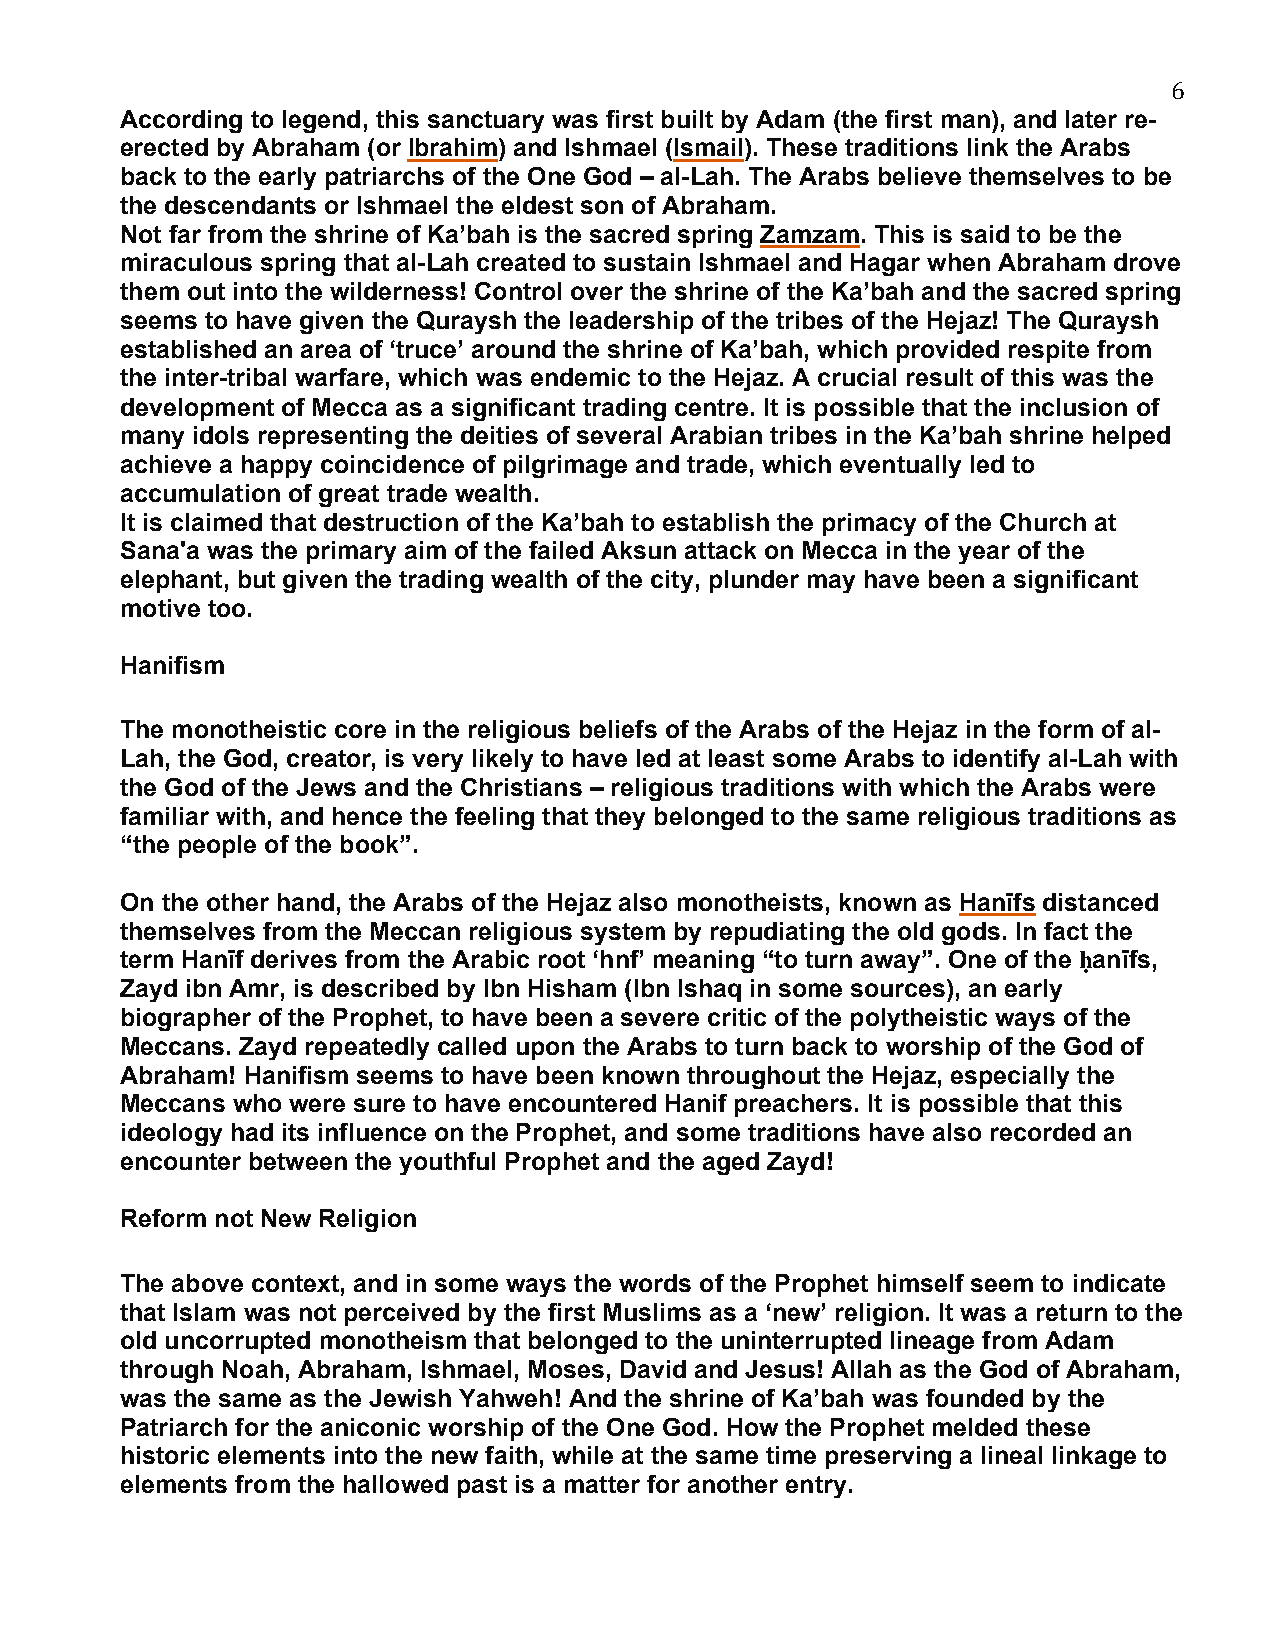
6
 According to legend, this sanctuary was first built by Adam (the first man), and later re-
 erected by Abraham (or Ibrahim) and Ishmael (Ismail). These traditions link the Arabs
 back to the early patriarchs of the One God – al-Lah. The Arabs believe themselves to be
 the descendants or Ishmael the eldest son of Abraham.
 Not far from the shrine of Ka’bah is the sacred spring Zamzam. This is said to be the
 miraculous spring that al-Lah created to sustain Ishmael and Hagar when Abraham drove
 them out into the wilderness! Control over the shrine of the Ka’bah and the sacred spring
 seems to have given the Quraysh the leadership of the tribes of the Hejaz! The Quraysh
 established an area of ‘truce’ around the shrine of Ka’bah, which provided respite from
 the inter-tribal warfare, which was endemic to the Hejaz. A crucial result of this was the
 development of Mecca as a significant trading centre. It is possible that the inclusion of
 many idols representing the deities of several Arabian tribes in the Ka’bah shrine helped
 achieve a happy coincidence of pilgrimage and trade, which eventually led to
 accumulation of great trade wealth.
 It is claimed that destruction of the Ka’bah to establish the primacy of the Church at
 Sana'a was the primary aim of the failed Aksun attack on Mecca in the year of the
 elephant, but given the trading wealth of the city, plunder may have been a significant
 motive too.
 Hanifism
 The monotheistic core in the religious beliefs of the Arabs of the Hejaz in the form of al-
 Lah, the God, creator, is very likely to have led at least some Arabs to identify al-Lah with
 the God of the Jews and the Christians – religious traditions with which the Arabs were
 familiar with, and hence the feeling that they belonged to the same religious traditions as
 “the people of the book”.
 On the other hand, the Arabs of the Hejaz also monotheists, known as Hanīfs distanced
 themselves from the Meccan religious system by repudiating the old gods. In fact the
 term Hanīf derives from the Arabic root ‘hnf’ meaning “to turn away”. One of the ḥanīfs,
 Zayd ibn Amr, is described by Ibn Hisham (Ibn Ishaq in some sources), an early
 biographer of the Prophet, to have been a severe critic of the polytheistic ways of the
 Meccans. Zayd repeatedly called upon the Arabs to turn back to worship of the God of
 Abraham! Hanifism seems to have been known throughout the Hejaz, especially the
 Meccans who were sure to have encountered Hanif preachers. It is possible that this
 ideology had its influence on the Prophet, and some traditions have also recorded an
 encounter between the youthful Prophet and the aged Zayd!
 Reform not New Religion
 The above context, and in some ways the words of the Prophet himself seem to indicate
 that Islam was not perceived by the first Muslims as a ‘new’ religion. It was a return to the
 old uncorrupted monotheism that belonged to the uninterrupted lineage from Adam
 through Noah, Abraham, Ishmael, Moses, David and Jesus! Allah as the God of Abraham,
 was the same as the Jewish Yahweh! And the shrine of Ka’bah was founded by the
 Patriarch for the aniconic worship of the One God. How the Prophet melded these
 historic elements into the new faith, while at the same time preserving a lineal linkage to
 elements from the hallowed past is a matter for another entry.